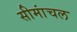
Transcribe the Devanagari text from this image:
सीमांचल